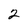
Character: 2